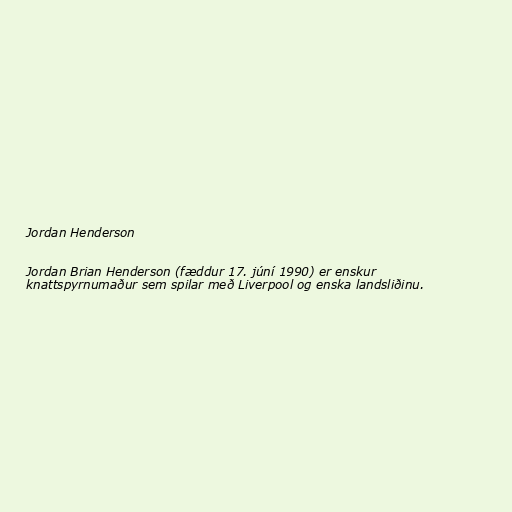
Jordan Henderson

Jordan Brian Henderson (fæddur 17. júní 1990) er enskur
knattspyrnumaður sem spilar með Liverpool og enska landsliðinu.